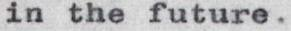
in the future.